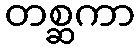
တစ္ဆကာ